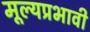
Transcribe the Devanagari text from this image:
मूल्यप्रभावी